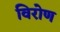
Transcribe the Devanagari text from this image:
विरोण